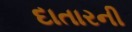
દાતારની